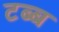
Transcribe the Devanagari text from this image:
टब्ब